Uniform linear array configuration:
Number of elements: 4
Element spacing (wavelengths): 0.75
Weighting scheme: hann
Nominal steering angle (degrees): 60
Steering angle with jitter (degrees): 59.63
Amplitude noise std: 0.05
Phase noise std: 0.05

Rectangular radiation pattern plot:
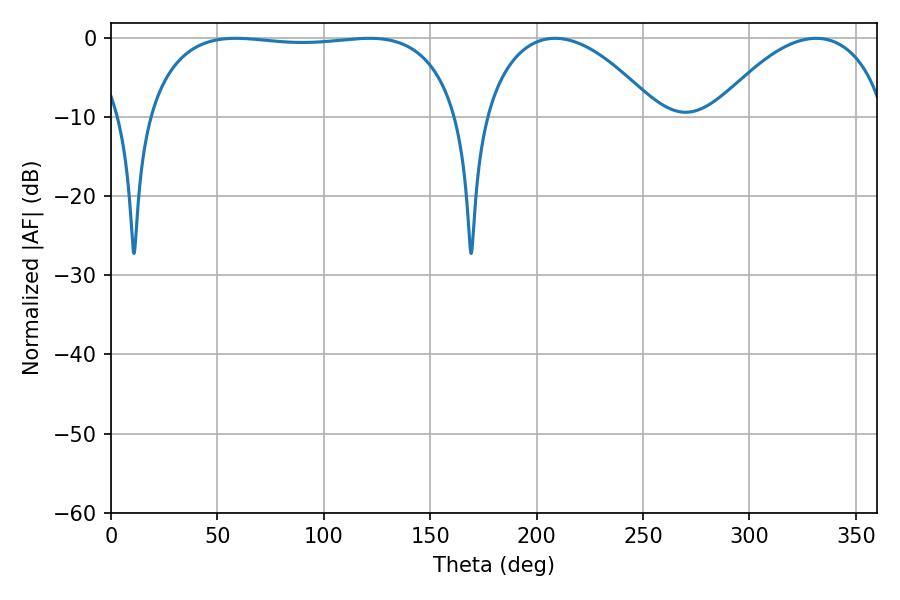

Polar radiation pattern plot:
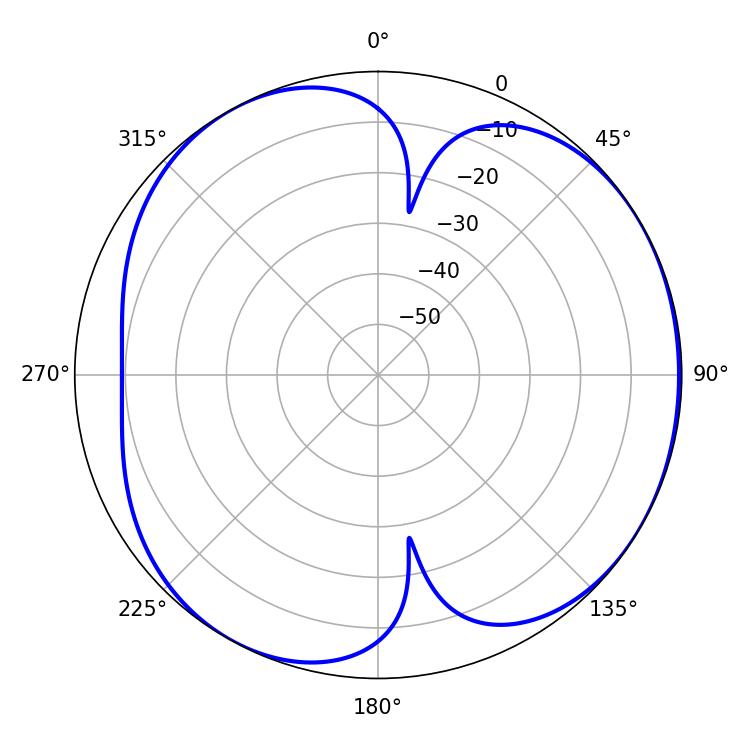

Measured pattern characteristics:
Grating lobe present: TRUE
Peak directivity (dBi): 4.677
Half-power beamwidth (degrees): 117
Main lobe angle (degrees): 58.68